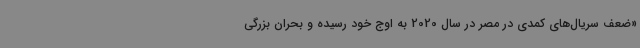
«ضعف سریال‌های کمدی در مصر در سال 2020 به اوج خود رسیده و بحران بزرگی